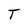
Character: T